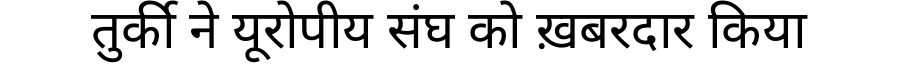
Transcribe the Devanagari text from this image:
तुर्की ने यूरोपीय संघ को ख़बरदार किया